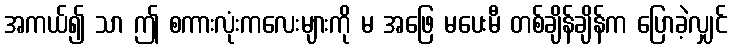
အကယ်၍ သာ ဤ စကားလုံးကလေးများကို မ အဖြေ မပေးမီ တစ်ချိန်ချိန်က ပြောခဲ့လျှင်